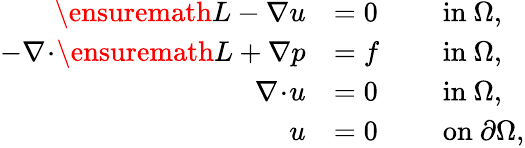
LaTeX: \begin{array}{rlrl}{\ensuremath{L}-\nabla u}&{=0}&&{\mathrm{~in~}\Omega,}\\ {-\nabla\! \cdot\! \ensuremath{L}+\nabla p}&{=f}&&{\mathrm{~in~}\Omega,}\\ {\nabla\! \cdot\! u}&{=0}&&{\mathrm{~in~}\Omega,}\\ {u}&{=0}&&{\mathrm{~on~}\partial\Omega,}\end{array}